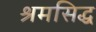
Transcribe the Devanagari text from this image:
श्रमसिद्ध